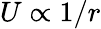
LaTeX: U\propto 1/r